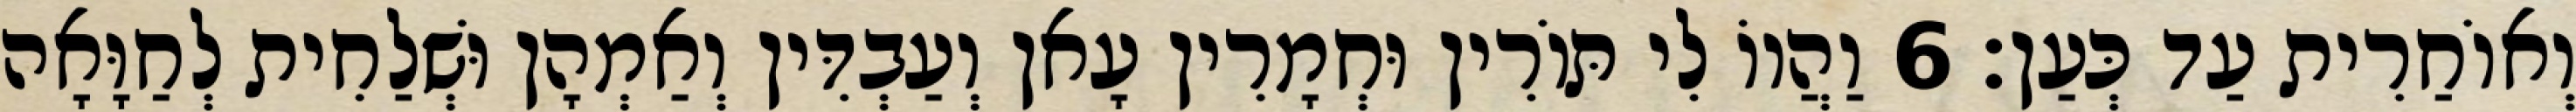
וְאוֹחַרִית עַד כְּעַן׃ 6 וַהֲווֹ לִי תּוֹרִין וּחְמָרִין עָאן וְעַבְדִּין וְאַמְהָן וּשְׁלַחִית לְחַוָּאָה